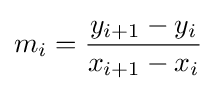
m_{i}={\frac {y_{i+1}-y_{i}}{x_{i+1}-x_{i}}}